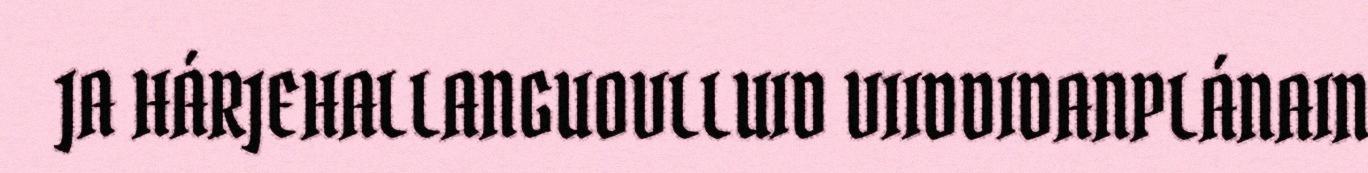
JA HÁRJEHALLANGUOVLLUID VIIDDIDANPLÁNAIN